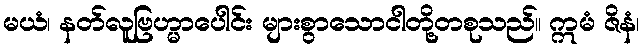
မယံ၊ နတ်လူဗြဟ္မာပေါင်း များစွာသောငါတို့တစုသည်။ ဣမံ ဇိနံ၊